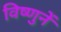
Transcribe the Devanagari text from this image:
विष्णुनें